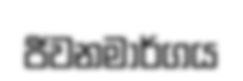
ජීවනමාර්ගය